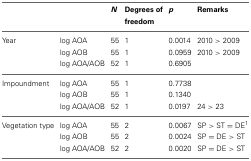
| <COLSPAN=2>  | N | Degrees of freedom | p | Remarks |
 | --- | --- | --- | --- | --- | --- |
 | Year | log AOA | 55 | 1 | 0.0014 | 2010 > 2009 |
 |  | log AOB | 55 | 1 | 0.0959 | 2010 > 2009 |
 |  | log AOA/AOB | 52 | 1 | 0.6905 |  |
 | Impoundment | log AOA | 55 | 1 | 0.7738 |  |
 |  | log AOB | 55 | 1 | 0.1340 |  |
 |  | log AOA/AOB | 52 | 1 | 0.0197 | 24 > 23 |
 | Vegetation type | log AOA | 55 | 2 | 0.0067 | SP > ST = DE1 |
 |  | log AOB | 55 | 2 | 0.0024 | SP = DE > ST |
 |  | log AOA/AOB | 52 | 2 | 0.0020 | SP = DE > ST |